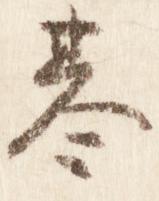
基